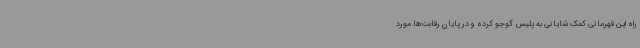
راه این قهرمانی کمک شایانی به پلیس گوجو کرده و در پایان رقابت‌ها مورد